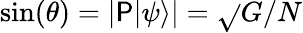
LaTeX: \sin(\theta)=|\mathsf{P}|\psi\rangle|={\sqrt{}{{G/N}}}